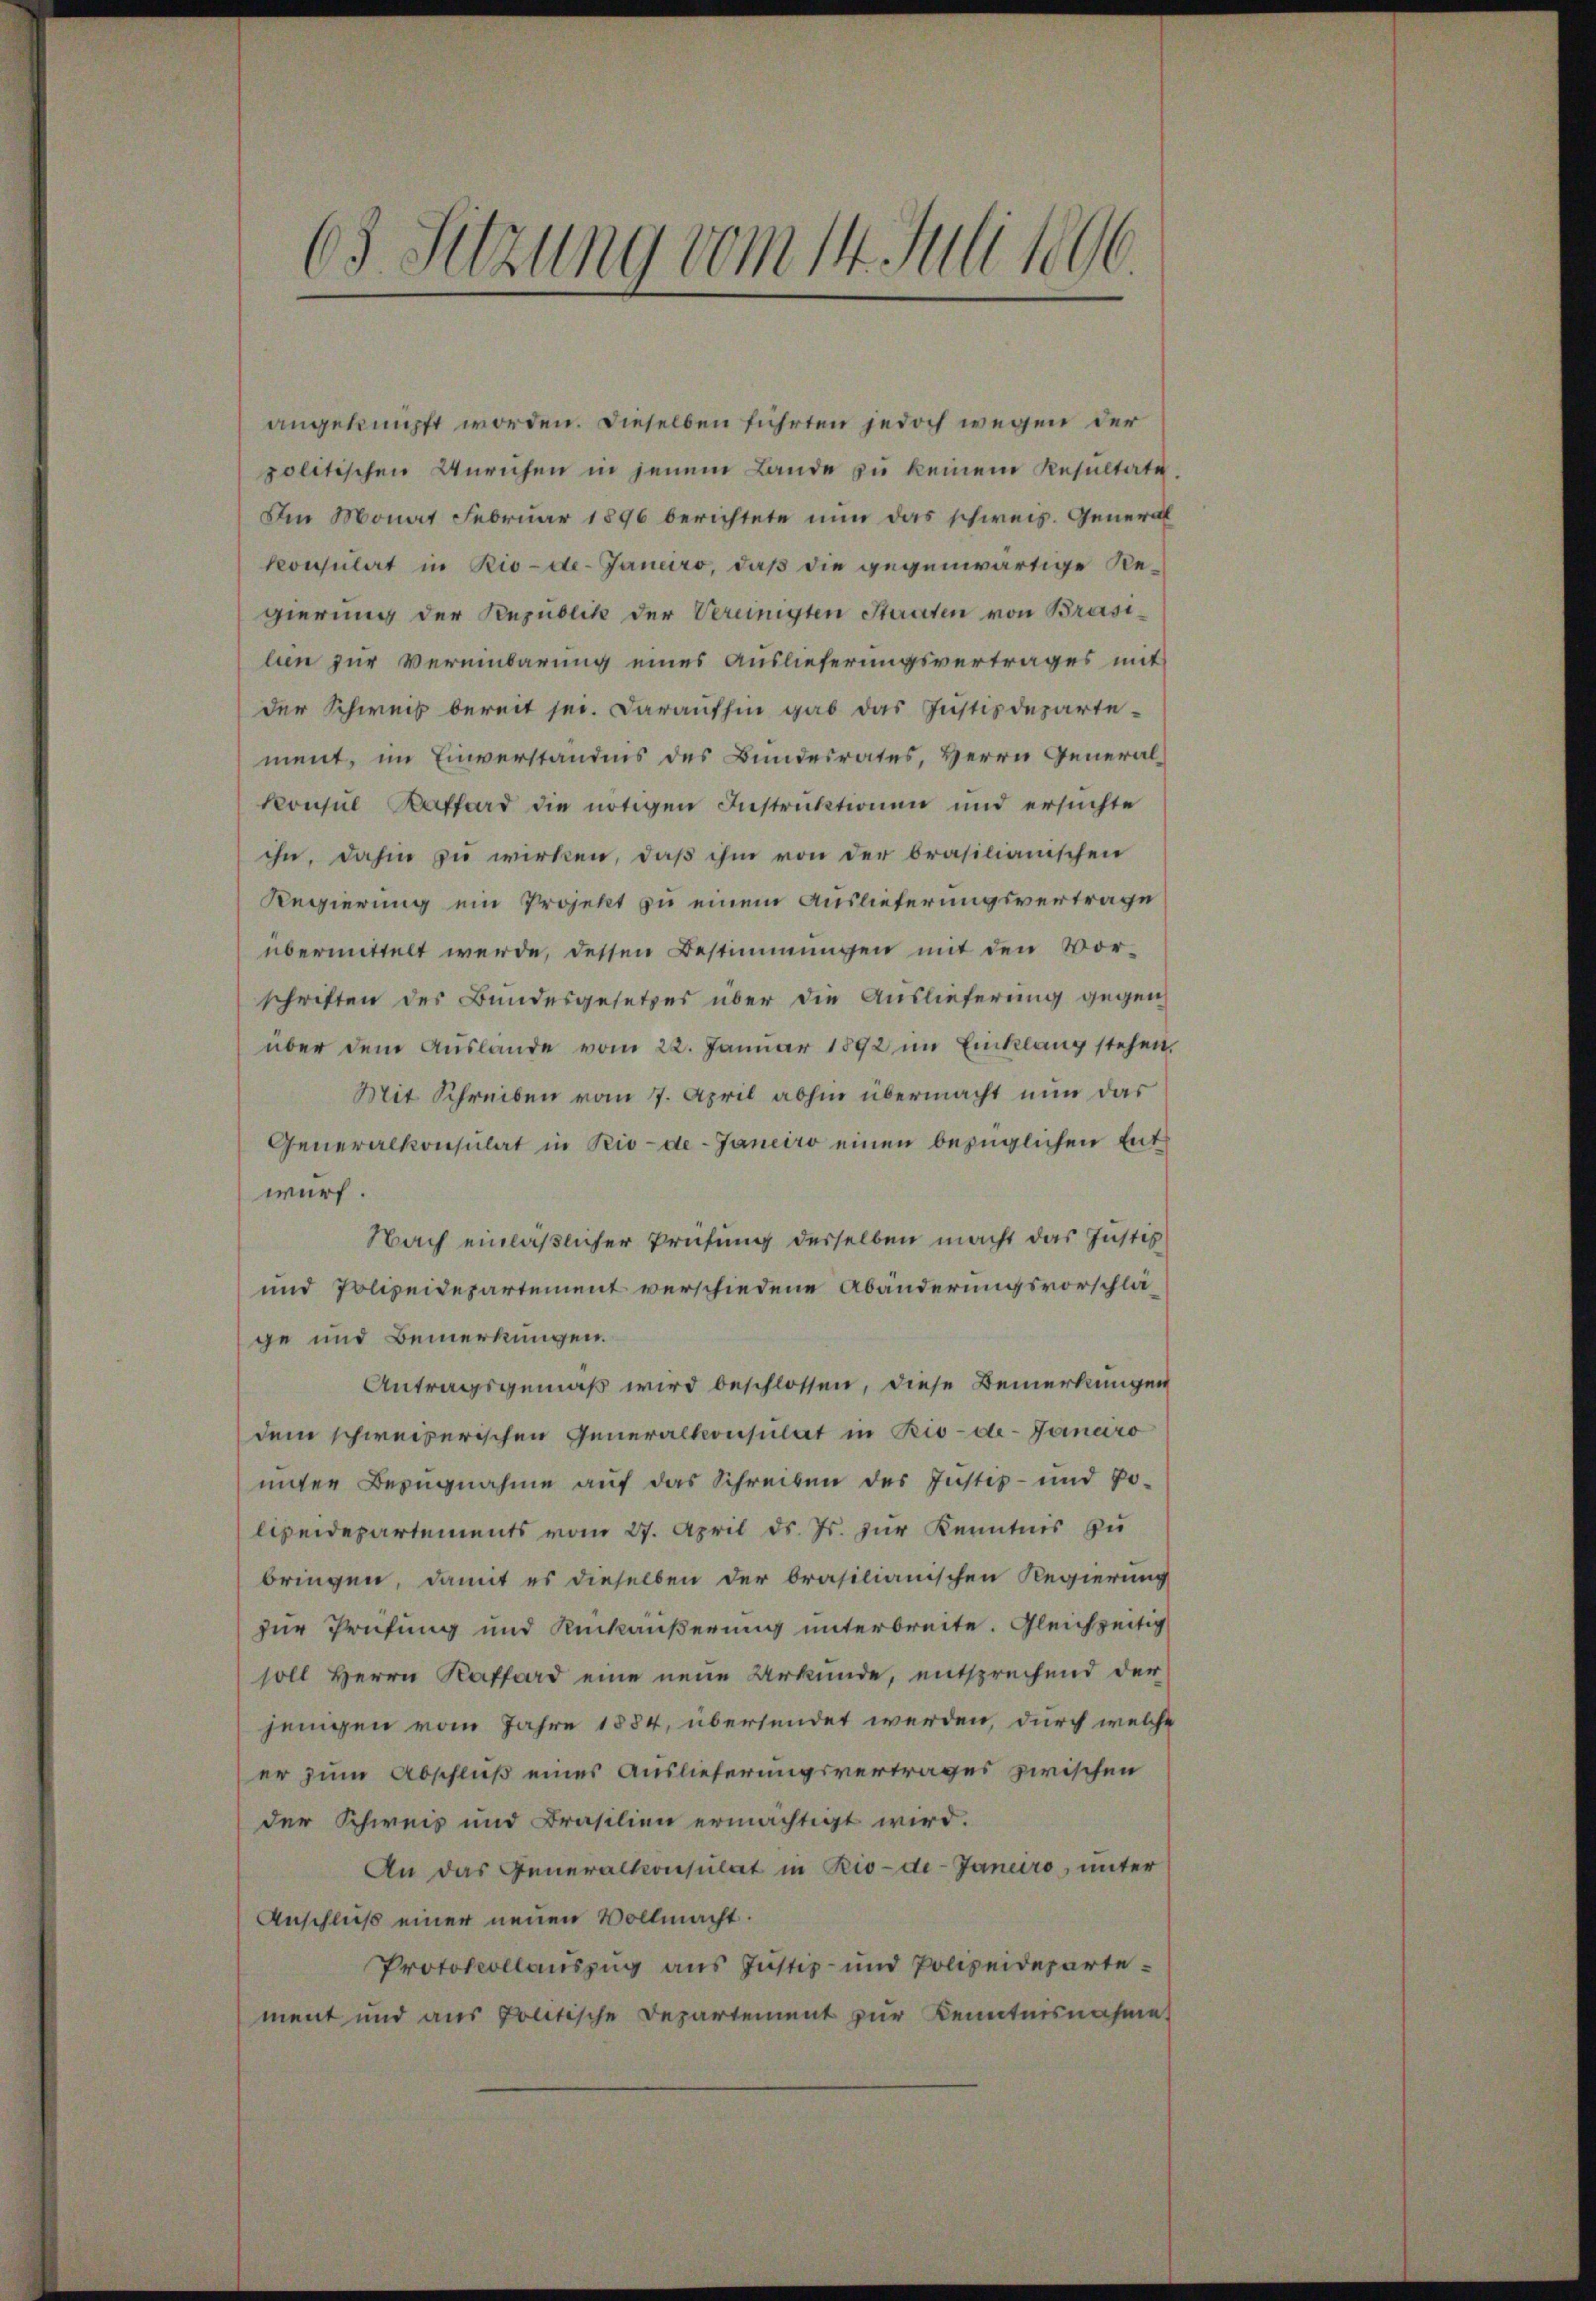
63 Setzung vom 14. Juli 1896.

angeknüpft worden. Dieselben führten jedoch wegen der
politischen Unruhen in jenem Lande zŭ keinem Resultate.
Am Monat Februar 1896 berichtete nun das schweiz. General
konsulat in Rio-de-Janeiro, daß die gegenwärtige Regierung der Republik der Vereinigten Staaten von Brasilien zur Vereinbarung eines Auslieferungsvertrages mit
der Schweis bereit sei. Daraufhin gab das Justizdeparte-
ment, im Einverständnis des Bundesrates, Herrn General¬
Konsul Kaffend die nötigen Instruktionen und ersuchte
ihn, dahin zu wirken, daß ihm von der brasilianischen
Regierung ein Projekt zu einem Auslieferungsvertrage
übermittelt werde, dessen Bestimmungen mit den Vor-
schriften des Bundesgesetzes über die Auslieferung gegen
über dem Auslande vom 22. Januar 1892 im Einklang stehen,
Mit Schreiben vom 7. April abhin übermacht nun das
Generalkonsulat in Rio-de-Janeiro einen bezüglichen Entwurf.
Nach einläßlicher Prüfung derselben macht das Justiz
und Polizeidepartement verschiedene Abänderungsvorschläge und Bemerkungen.
Antragsgemäß wird beschlossen, diese Bemerkungen
dem schweizerischen Generalkonsulat in Rio-de-Janeiro
inger Bezugnahme auf das Schreiben des Instiz- und Polipeidepartements vom 27. April d. Js. zur Kenntnis zu
bringen, damit es dieselben der brasilianischen Regierung
zur Prüfung und Rückäußerung unterbreite. Gleichzeitig
soll Herrn Kafferd eine neue Urkunde, entsprechend der
jenigen vom Jahre 1884, übersendet werden, durch welche
er zum Abschluß eines Auslieferungsvertrages zwischen
der Schweis und Brasilien ermächtigt wird.
An das Generalkonsulat in Rio-de-Januro, unter
Anschluß einer neuen Vollmacht.
Protokollauszug aus Justiz- und Polizeidepartement und aus Politische Departement zur Kenntnisnahme